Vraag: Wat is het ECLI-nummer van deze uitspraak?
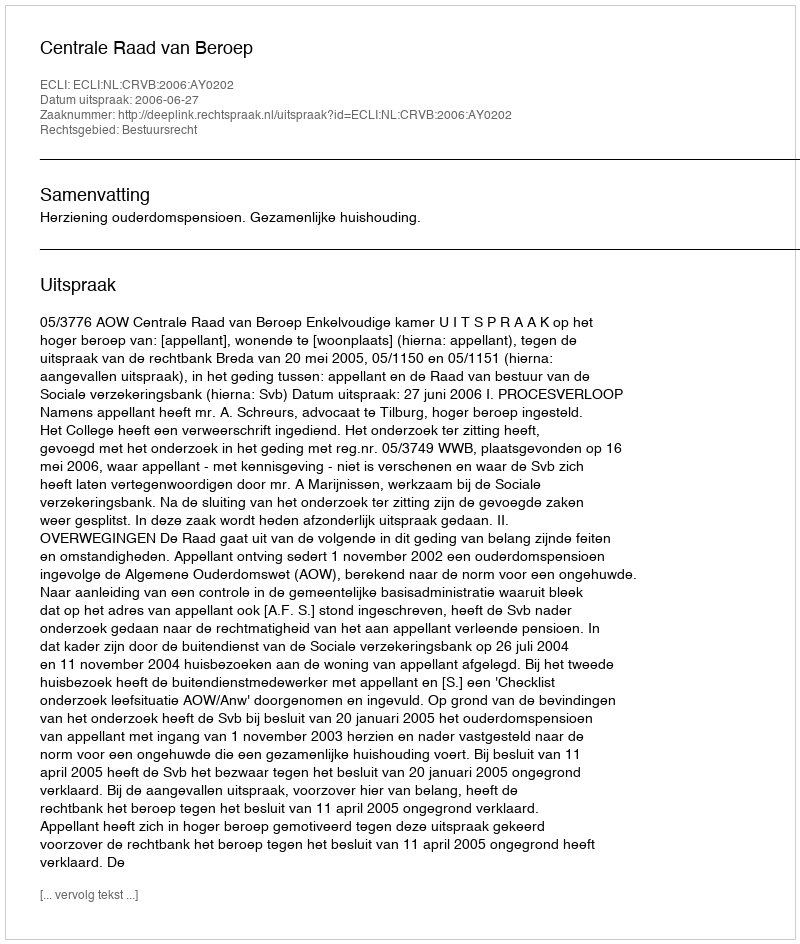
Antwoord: ECLI:NL:CRVB:2006:AY0202